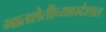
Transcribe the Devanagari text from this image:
भातशेतीच्याप्रदेशात